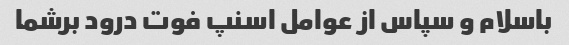
باسلام و سپاس از عوامل اسنپ فوت درود برشما